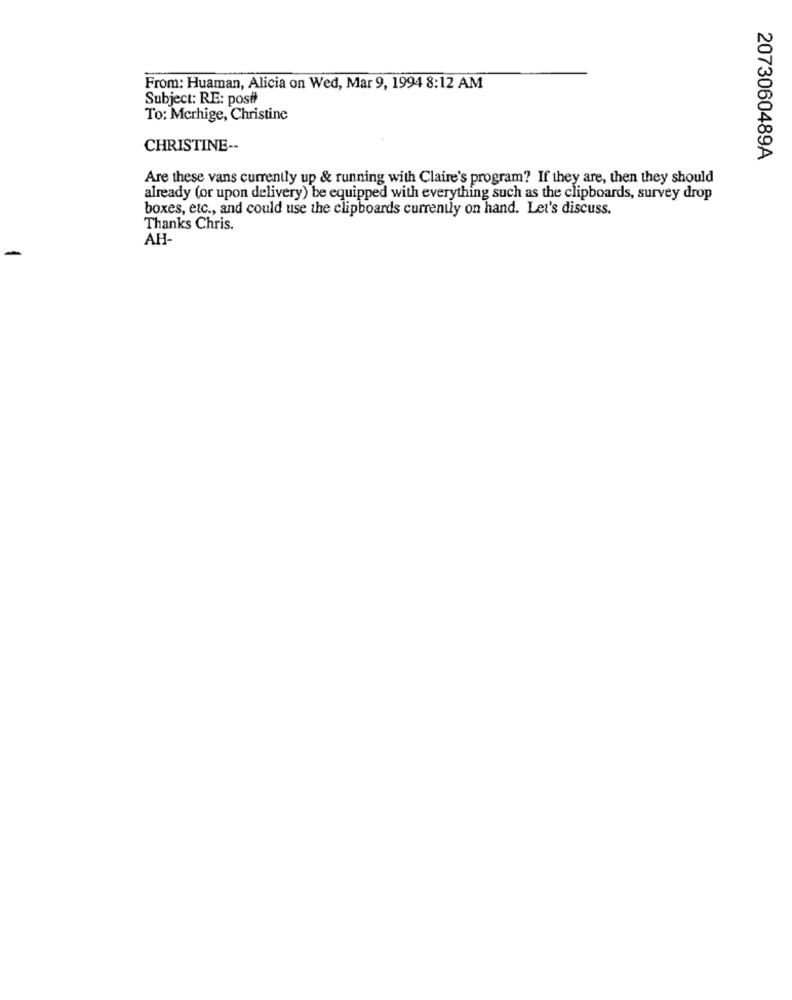
From: Huaman, Alicia on Wed, Mar 9, 1994 8:12 AM
Subject: RE: posit
To: Mcrhige, Christine
CHRISTINE --
2073060489A
Are these vans currently up & running with Claire's program? If they are, then they should
already (or upon delivery) be equipped with everything such as the clipboards, survey drop
boxes, etc ., and could use the clipboards currently on hand. Let's discuss.
Thanks Chris.
AH-